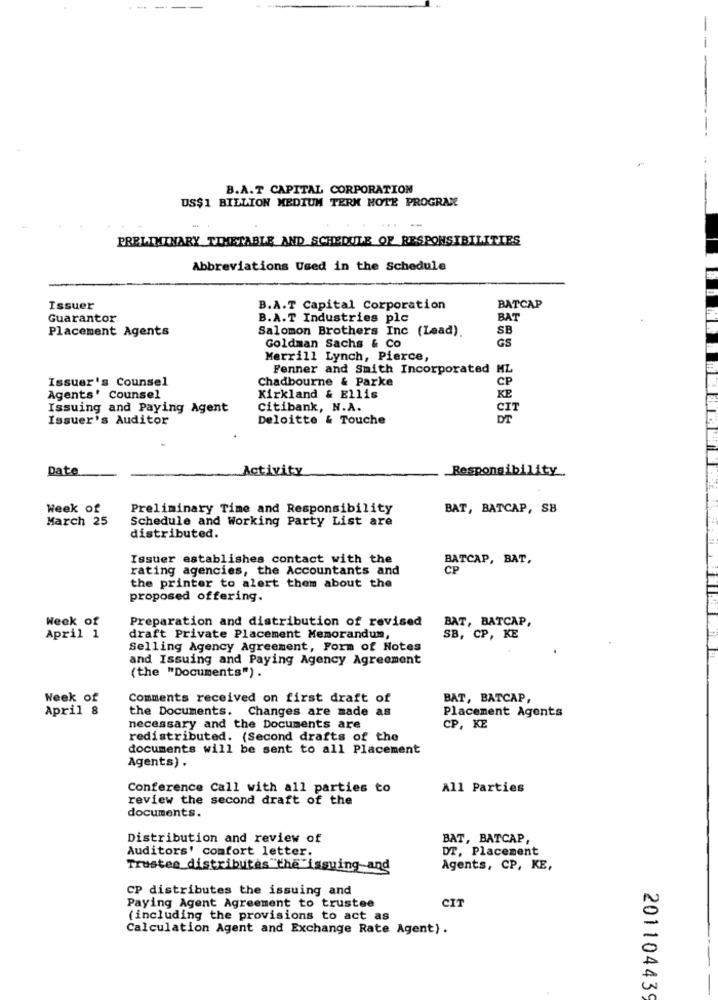
--
-
-
B.A.T CAPITAL CORPORATION
US$1 BILLION MEDIUM TERM HOTE PROGRAM
PRELIMINARY TIMETABLE AND SCHEDULE OF RESPONSIBILITIES
Abbreviations Used in the Schedule
Issuer
B.A.T Capital Corporation
BATCAP
Guarantor
B.A.T Industries plc
BAT
Placement Agents
Salomon Brothers Inc (Lead).
SB
Goldman Sachs & Co
GS
Merrill Lynch, Pierce,
Fenner and Smith Incorporated ML
Issuer's Counsel
Chadbourne & Parke
CP
Agents' Counsel
Kirkland & Ellis
KE
Issuing and Paying Agent
citibank, N.A.
CI
Issuer's Auditor
Deloitte & Touche
DE
Date
Activity
Responsibility
Week of
Preliminary Time and Responsibility
BAT, BATCAP, SB
March 25
Schedule and Working Party List are
distributed.
Issuer establishes contact with the
BATCAP, BAT,
rating agencies, the Accountants and
CP
the printer to alert them about the
proposed offering.
Week of
Preparation and distribution of revised
BAT, BATCAP,
April 1
draft Private Placement Memorandum
SB, CP, KE
Selling Agency Agreement, Form of Notes
and Issuing and Paying Agency Agreement
(the "Documents").
Week of
Comments received on first draft of
BAT, BATCAP,
April 8
the Documents. Changes are made as
Placement Agents
necessary and the Documents are
CP, KE
redistributed. (Second drafts of the
documents will be sent to all Placement
Agents).
Conference Call with all parties to
All Parties
review the second draft of the
documents.
Distribution and review of
BAT, BATCAP,
Auditors' comfort letter.
DT, Placement
Trustee distributes"the issuing and
Agents, CP, KE,
CP distributes the issuing and
CIT
Paying Agent Agreement to trustee
(including the provisions to act as
Calculation Agent and Exchange Rate Agent).
201104439